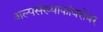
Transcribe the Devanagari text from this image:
अल्पसंख्याकांबरोबर